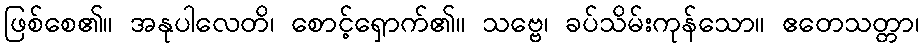
ဖြစ်စေ၏။ အနုပါလေတိ၊ စောင့်ရှောက်၏။ သဗ္ဗေ၊ ခပ်သိမ်းကုန်သော။ ဧတေသတ္တာ၊